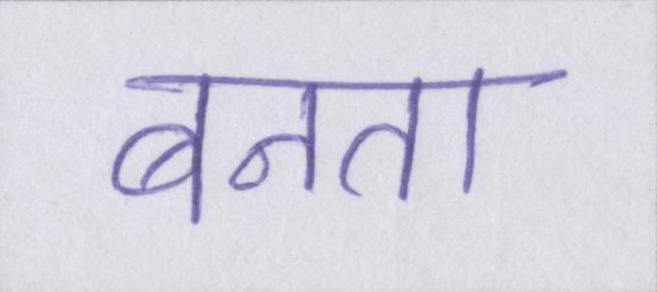
बनता